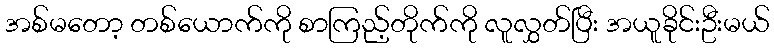
အစ်မတော့ တစ်ယောက်ကို စာကြည့်တိုက်ကို လူလွှတ်ပြီး အယူခိုင်းဦးမယ်